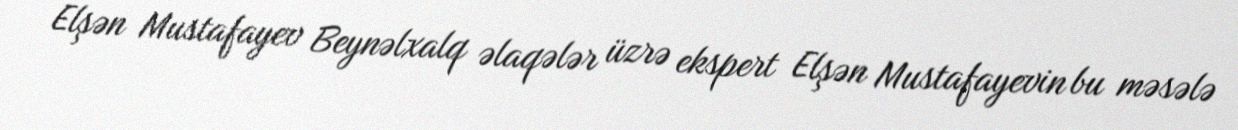
Elşən Mustafayev Beynəlxalq əlaqələr üzrə ekspert Elşən Mustafayevin bu məsələ